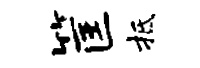
筐抵